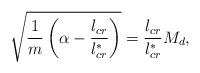
LaTeX: \begin{align*} \sqrt{\frac{1}{m}\left(\alpha-\frac{l_{cr}}{l_{cr}^*}\right)}=\frac{l_{cr}}{l_{cr}^*}M_d, \end{align*}